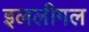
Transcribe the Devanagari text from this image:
इललीगल